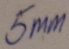
Text: 5mm